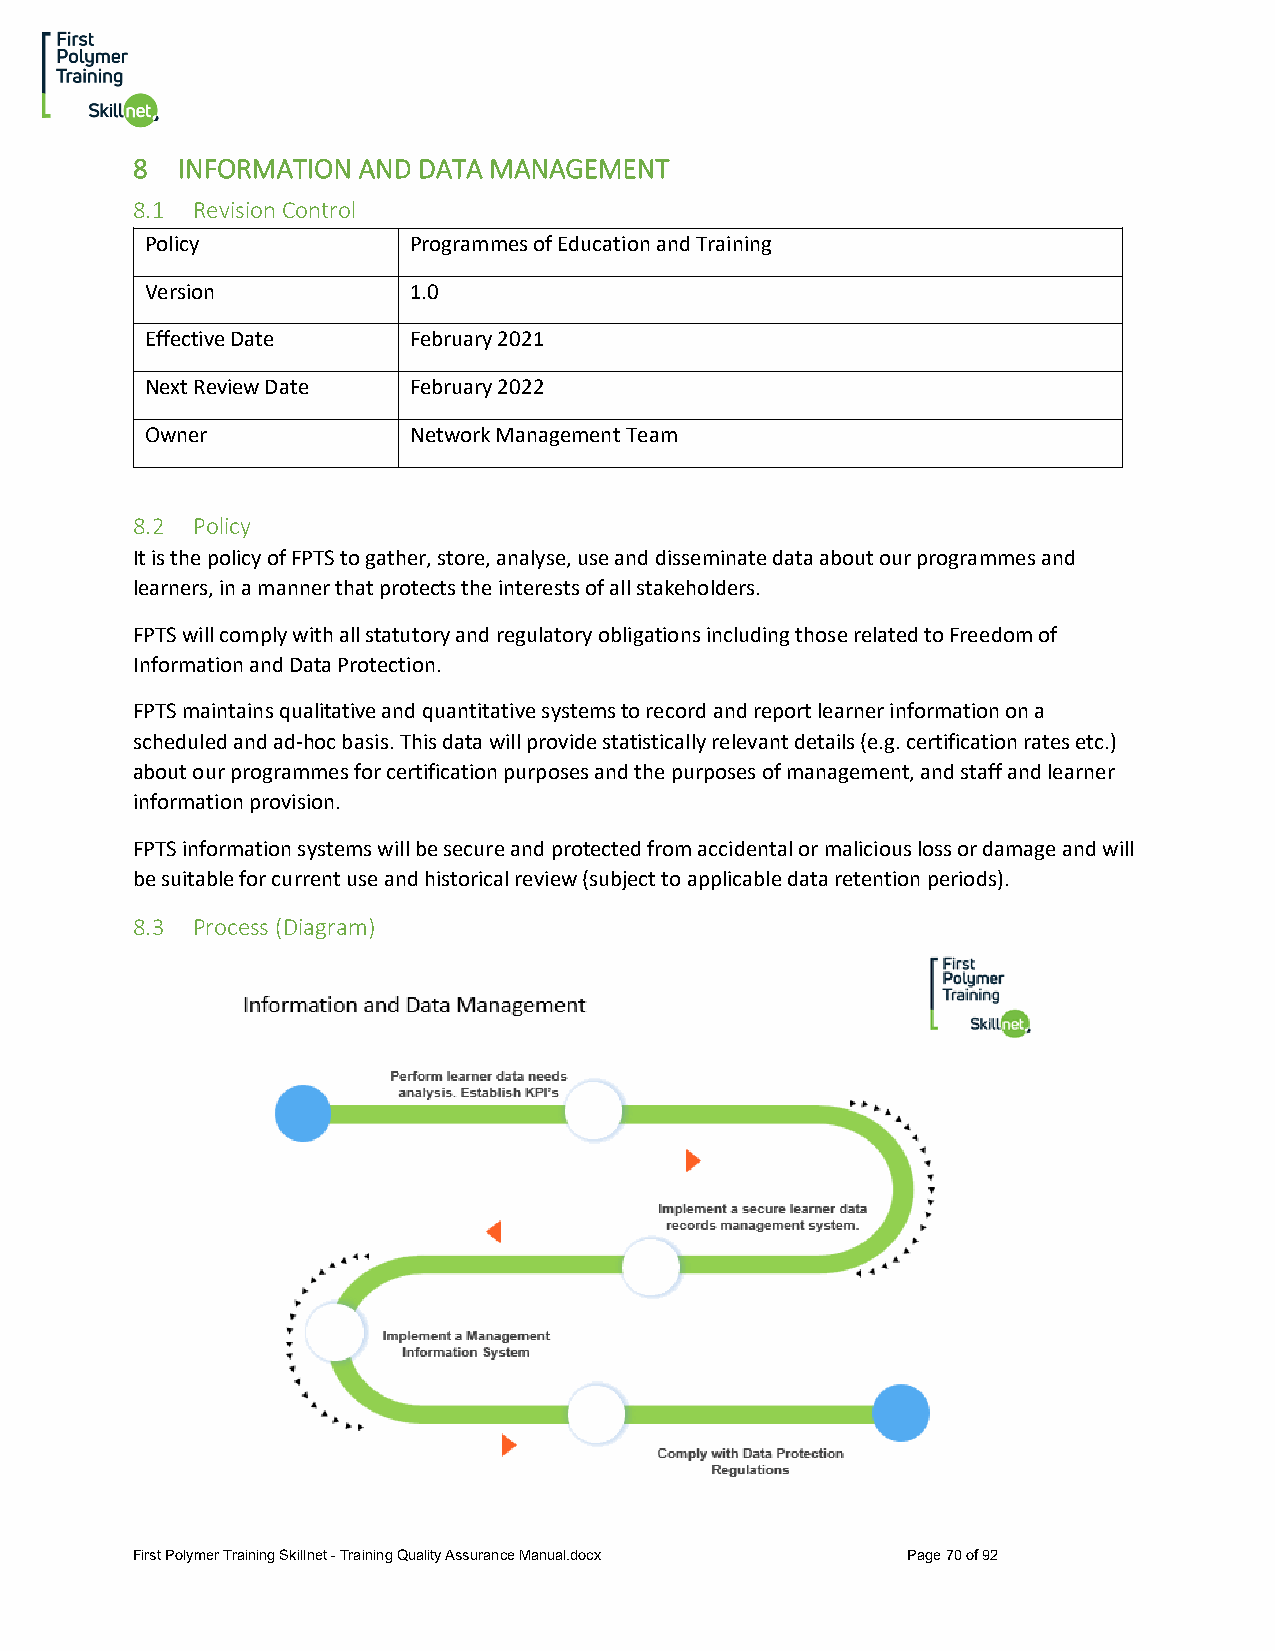
8  INFORMATION AND DATA MANAGEMENT
 8.1 Revision Control
 Policy           Programmes of Education and Training
 Version          1.0
 Effective Date   February 2021
 Next Review Date February 2022
 Owner            Network Management Team
 8.2 Policy
 It is the policy of FPTS to gather, store, analyse, use and disseminate data about our programmes and
 learners, in a manner that protects the interests of all stakeholders.
 FPTS will comply with all statutory and regulatory obligations including those related to Freedom of
 Information and Data Protection.
 FPTS maintains qualitative and quantitative systems to record and report learner information on a
 scheduled and ad-hoc basis. This data will provide statistically relevant details (e.g. certification rates etc.)
 about our programmes for certification purposes and the purposes of management, and staff and learner
 information provision.
 FPTS information systems will be secure and protected from accidental or malicious loss or damage and will
 be suitable for current use and historical review (subject to applicable data retention periods).
 8.3 Process (Diagram)
 First Polymer Training Skillnet - Training Quality Assurance Manual.docx Page 70 of 92